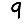
Digit: 9